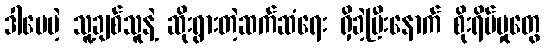
ဒါပေမဲ့ သူ့ချစ်သူနဲ့ ဆိုးရွားတဲ့ဆက်ဆံရေး ရှိခဲ့ပြီးနောက် စိုးရိမ်မှုတွေ